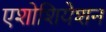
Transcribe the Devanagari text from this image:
एशोशियेशन